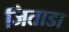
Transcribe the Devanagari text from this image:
जिताडा